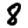
Digit: 8